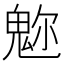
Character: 𩲪